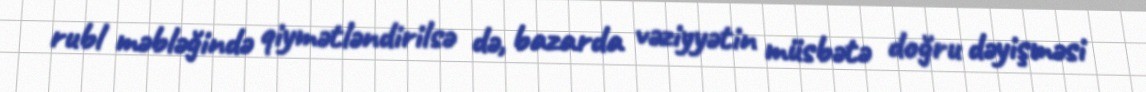
rubl məbləğində qiymətləndirilsə də, bazarda vəziyyətin müsbətə doğru dəyişməsi